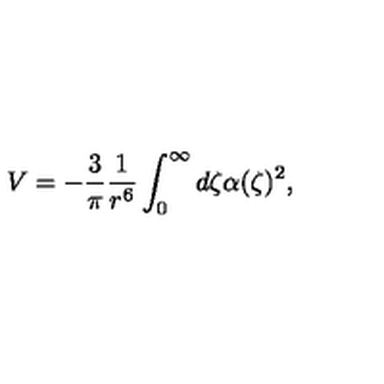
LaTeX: V = - { \frac { 3 } { \pi } } { \frac { 1 } { r ^ { 6 } } } \int _ { 0 } ^ { \infty } d \zeta \alpha ( \zeta ) ^ { 2 } ,